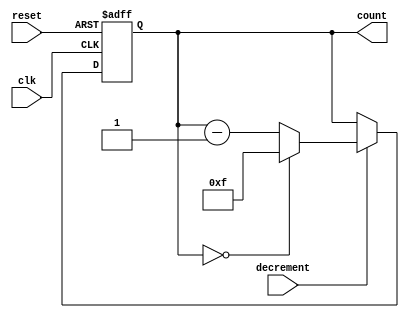
module decremental_counter #(
    parameter MAX_VALUE = 15 // Parameterize the maximum count value (0 to MAX_VALUE)
)(
    input wire clk,          // Clock signal
    input wire reset,        // Asynchronous reset signal
    input wire decrement,     // Decrement control signal
    output reg [3:0] count   // 4-bit output for count (adjust width based on MAX_VALUE)
);

    // Internal register to hold the current count value
    reg [3:0] current_count; // Adjust width based on MAX_VALUE

    // Initialize counter to maximum value
    initial begin
        current_count = MAX_VALUE;
    end

    // Asynchronous reset and decrement logic
    always @(posedge clk or posedge reset) begin
        if (reset) begin
            current_count <= MAX_VALUE; // Reset to maximum value
        end else if (decrement) begin
            // Check if current count is zero
            if (current_count == 0) begin
                current_count <= MAX_VALUE; // Wrap around to maximum
            end else begin
                current_count <= current_count - 1; // Decrement count
            end
        end
    end

    // Output current count value
    assign count = current_count;

endmodule